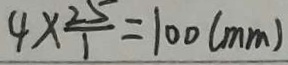
4 \times \frac { 2 5 } { 1 } = 1 0 0 ( m m )